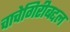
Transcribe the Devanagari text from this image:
चाचेगिरीबद्दल